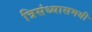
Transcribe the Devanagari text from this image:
त्रिसंध्यासमयी